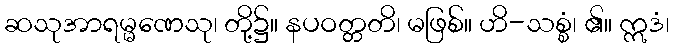
ဆသုအာရမ္မဏေသု၊ တို့၌။ နပဝတ္တတိ၊ မဖြစ်။ ဟိ-သစ္စံ၊ ၏။ ဣဒံ၊